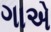
ગાએ